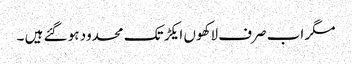
مگر اب صرف لاکھوں ایکڑ تک محدود ہو گئے ہیں ۔